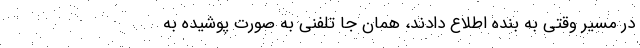
در مسیر وقتی به بنده اطلاع دادند، همان جا تلفنی به صورت پوشیده به